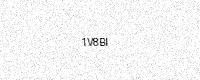
Text: 1V8BI